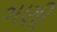
ગણી